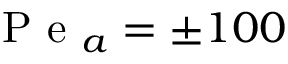
\mathrm { ~ P ~ e ~ } _ { a } = \pm 1 0 0